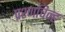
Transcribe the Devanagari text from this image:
प्रश्णचिन्ह